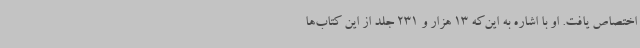
اختصاص یافت. او با اشاره به این‌که 13 هزار و 231 جلد از این کتاب‌ها